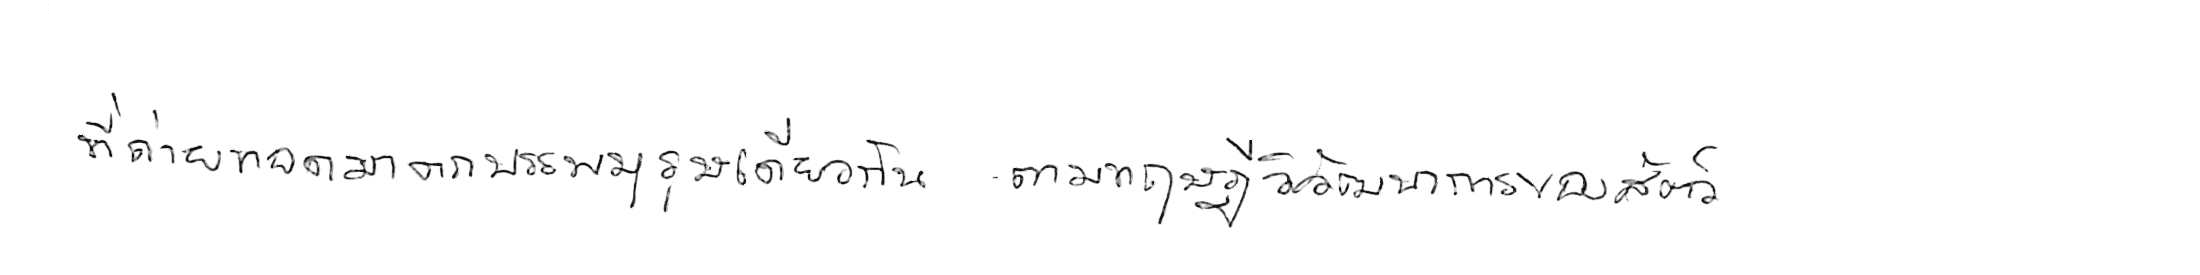
ที่ถ่ายทอดมาจากบรรพบุรุษเดียวกัน ตามทฤษฎีวิวัฒนาการของสัตว์